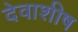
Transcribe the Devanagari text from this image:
देवाशीष